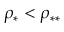
\rho _ { * } < \rho _ { * * }